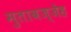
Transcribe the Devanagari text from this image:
मुतावज्जेह